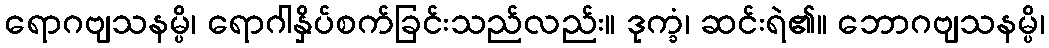
ရောဂဗျသနမ္ပိ၊ ရောဂါနှိပ်စက်ခြင်းသည်လည်း။ ဒုက္ခံ၊ ဆင်းရဲ၏။ ဘောဂဗျသနမ္ပိ၊